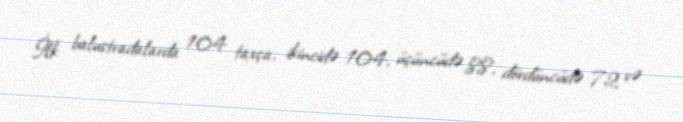
İlk balustradalarda 104 taxça, ikincidə 104, üçüncüdə 88, dördüncüdə 72 və